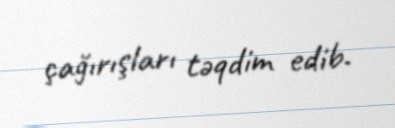
çağırışları təqdim edib.